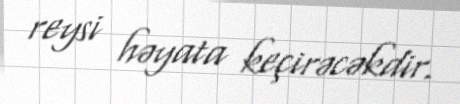
reysi həyata keçirəcəkdir.